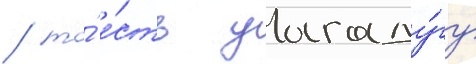
/ то́ е́сть уагаду́гу